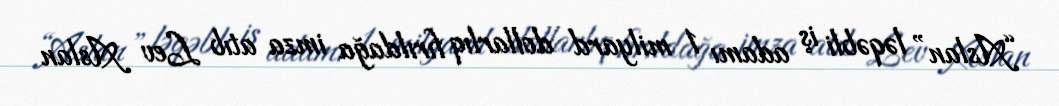
“Aslan” ləqəbli iş adamı 1 milyard dollarlıq fırıldağa imza atıb Lev Aslan